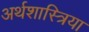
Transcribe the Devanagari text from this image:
अर्थशास्त्रिया